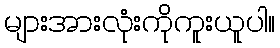
များအားလုံးကိုကူးယူပါ။